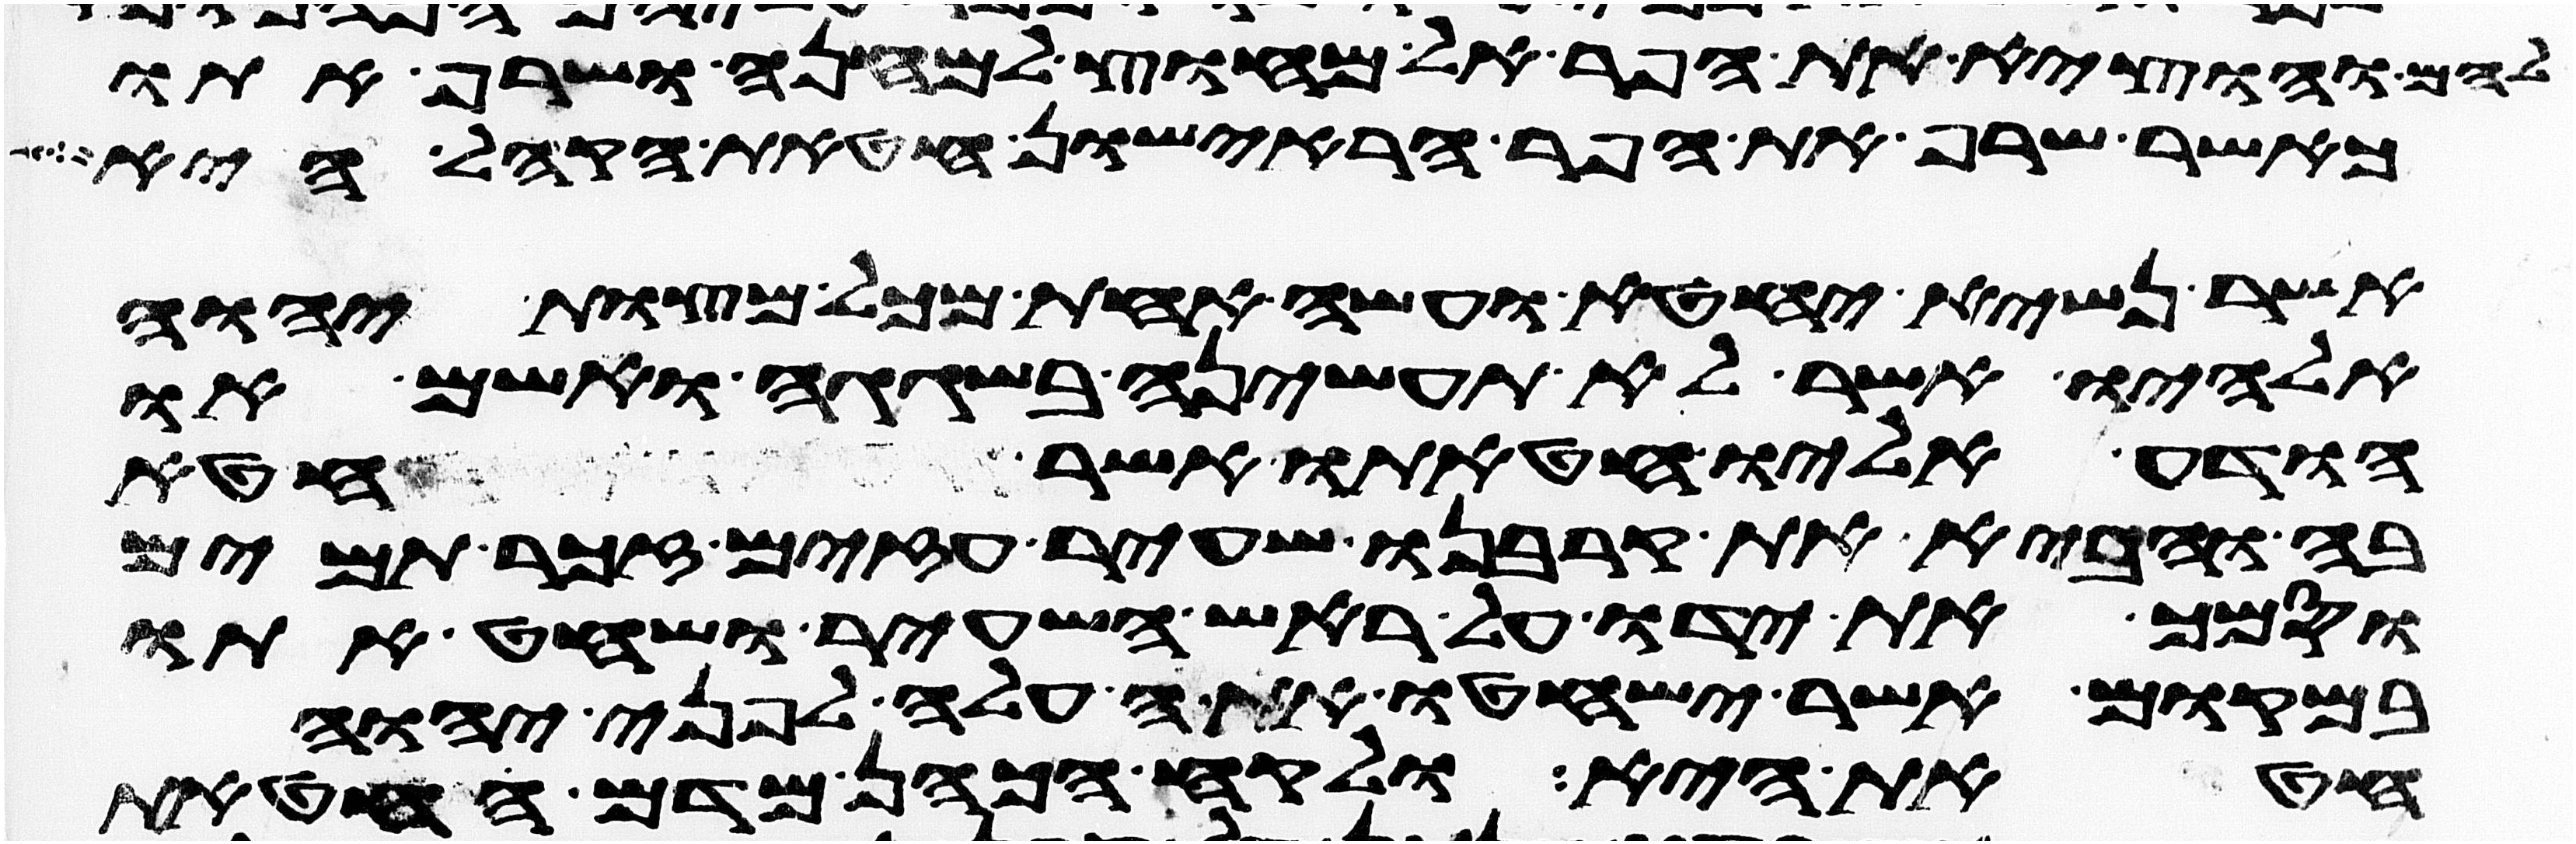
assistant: להם והוציא את הפר אל מחוץ למחנה ושרף אתו
כאשר שרף את הפר הראישון חטאת הקהל היא
אשר נשיא יחטא ועשה אחת מכל מצות יהוה
אלהיו אשר לא תעשיהן בשגגה ואשם או
הודע אליו חטאתו אשר חטא
בה והביא את קרבנו שעיר עזים זכר תמים
וסמך את ידו על ראש השעיר ושחט אתו
במקום אשר ישחטו את העלה לפני יהוה
חטאת היא ולקח הכהן מדם החטאת